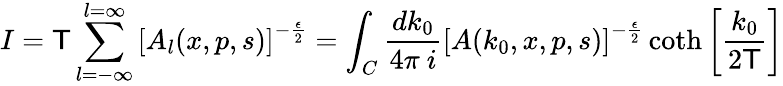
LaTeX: I=\mathsf{T}\sum_{l=-\infty}^{l=\infty}\left[A_{l}(x,p,s)\right]^{-\frac{{\epsilon}}{{2}}}=\int_{C}\frac{{dk_{0}}}{{4\pi~i}}\left[A(k_{0},x,p,s)\right]^{-\frac{{\epsilon}}{{2}}}\coth\left[\frac{{k_{0}}}{{2\mathsf{T}}}\right]